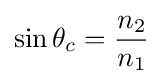
\sin \theta _{c}={\frac {n_{2}}{n_{1}}}\,\!